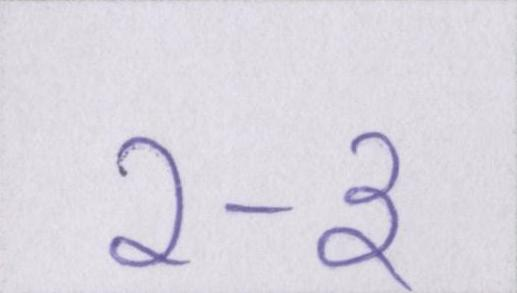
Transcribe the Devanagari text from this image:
२-३